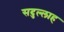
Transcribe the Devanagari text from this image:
सदुल्‍लाह